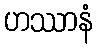
ဟဿာနံ